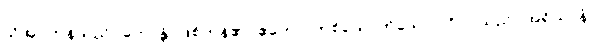
သိအပ်ကုန်သည်။ ဟောန္တိ၊ ဖြစ်ကုန်၏။ ဧကော၊ တစ်ယောက်သော ပုဂ္ဂိုလ်သည်။ အရိယာနံ၊